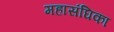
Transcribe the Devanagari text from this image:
महासंघिका